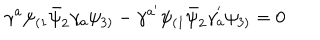
LaTeX: \gamma ^ { a } \psi _ { ( 1 } \bar { \psi } _ { 2 } \gamma _ { a } \psi _ { 3 ) } - \gamma ^ { a ^ { \prime } } \psi _ { ( 1 } \bar { \psi } _ { 2 } \gamma _ { a } ^ { ' } \psi _ { 3 ) } = 0